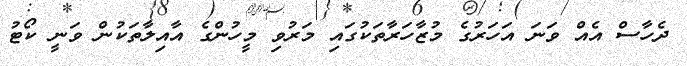
ދެހާސް އެއް ވަނަ އަހަރުގެ މުޒާހަރާތަކުގައި މަރުވި މީހުންގެ އާއިލާތަކުން ވަނީ ކޯޓު